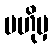
ဗဟိုမှ